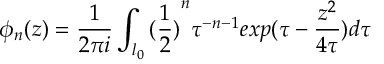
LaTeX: \phi _ { n } ( z ) = \frac { 1 } { 2 \pi i } \int _ { l _ { 0 } } { ( \frac { 1 } { 2 } ) } ^ { n } \tau ^ { - n - 1 } e x p ( \tau - \frac { z ^ { 2 } } { 4 \tau } ) d \tau